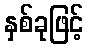
နှစ်ခုဖြင့်